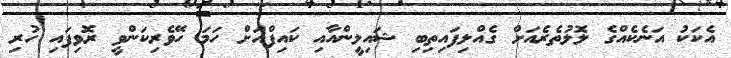
އެކަކު އަނެކެއްގެ ލޮލުތެރެއަށް ގެއްލިފައިތިބި ޝައިލީންއާއި ކައިފްއަށް ހަމަ ހޭވެރިކަންވީ ރޮވިފައި ހުރި